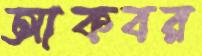
আকবর